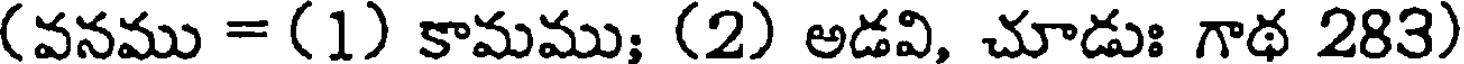
(వనము = (1) కామము; (2) అడవి, చూడుః గాథ 283)